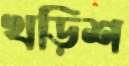
খড়িশ